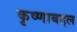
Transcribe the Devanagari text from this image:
कृष्णाबद्दल